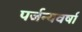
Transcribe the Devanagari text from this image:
पर्जन्यवर्षा